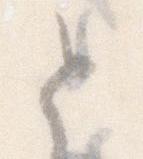
と